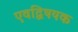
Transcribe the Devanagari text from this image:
एवद्विषयक